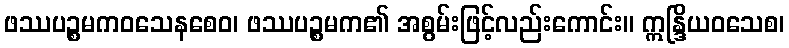
ဖဿပဉ္စမကဝသေနစေဝ၊ ဖဿပဉ္စမက၏ အစွမ်းဖြင့်လည်းကောင်း။ ဣန္ဒြိယဝသေစ၊